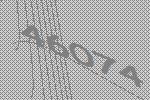
46074